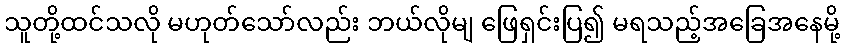
သူတို့ထင်သလို မဟုတ်သော်လည်း ဘယ်လိုမျ ဖြေရှင်းပြ၍ မရသည့်အခြေအနေမို့